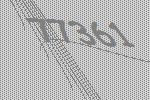
77361